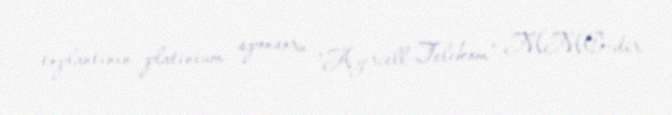
toplantının platinium sponsoru "Azercell Telekom" MMC-dir.